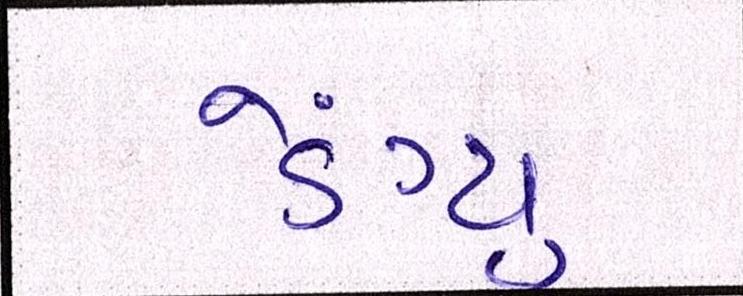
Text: ડેંગ્યુ